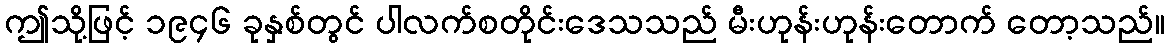
ဤသို့ဖြင့် ၁၉၄၆ ခုနှစ်တွင် ပါလက်စတိုင်းဒေသသည် မီးဟုန်းဟုန်းတောက် တော့သည်။